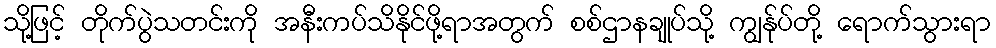
သို့ဖြင့် တိုက်ပွဲသတင်းကို အနီးကပ်သိနိုင်ဖို့ရာအတွက် စစ်ဌာနချုပ်သို့ ကျွန်ုပ်တို့ ရောက်သွားရာ